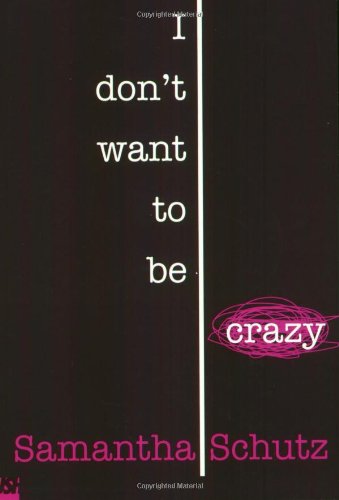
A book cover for I Don't Want To Be Crazy; Samantha Schutz; Teen & Young Adult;